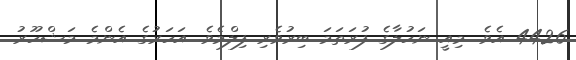
4426 އެވެ. މިއީ ނަހުލާގެ ފުރަތަމަ ބިރުވެރި ފިލްމެވެ. އަހަރުގެ އެންމެ މަޝްހޫރު